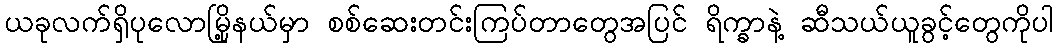
ယခုလက်ရှိပုလောမြို့နယ်မှာ စစ်ဆေးတင်းကြပ်တာတွေအပြင် ရိက္ခာနဲ့ ဆီသယ်ယူခွင့်တွေကိုပါ